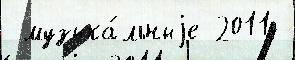
 музыка́льныjе 2011